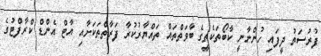
ފުރުސަތު ދީފައި ހުންނާނީ ކާބޯތަކެތީގެ ބާވަތްތައް ތައްޔާރުކުރާ ފަރާތްތަކަށާއި އާޓް އެންޑް ކްރާފްޓުގެ